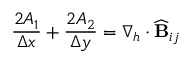
\frac { 2 A _ { 1 } } { \Delta x } + \frac { 2 A _ { 2 } } { \Delta y } = \nabla _ { h } \cdot \widehat { \mathbf { B } } _ { i j }